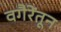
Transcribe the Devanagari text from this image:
वगैरेंतून